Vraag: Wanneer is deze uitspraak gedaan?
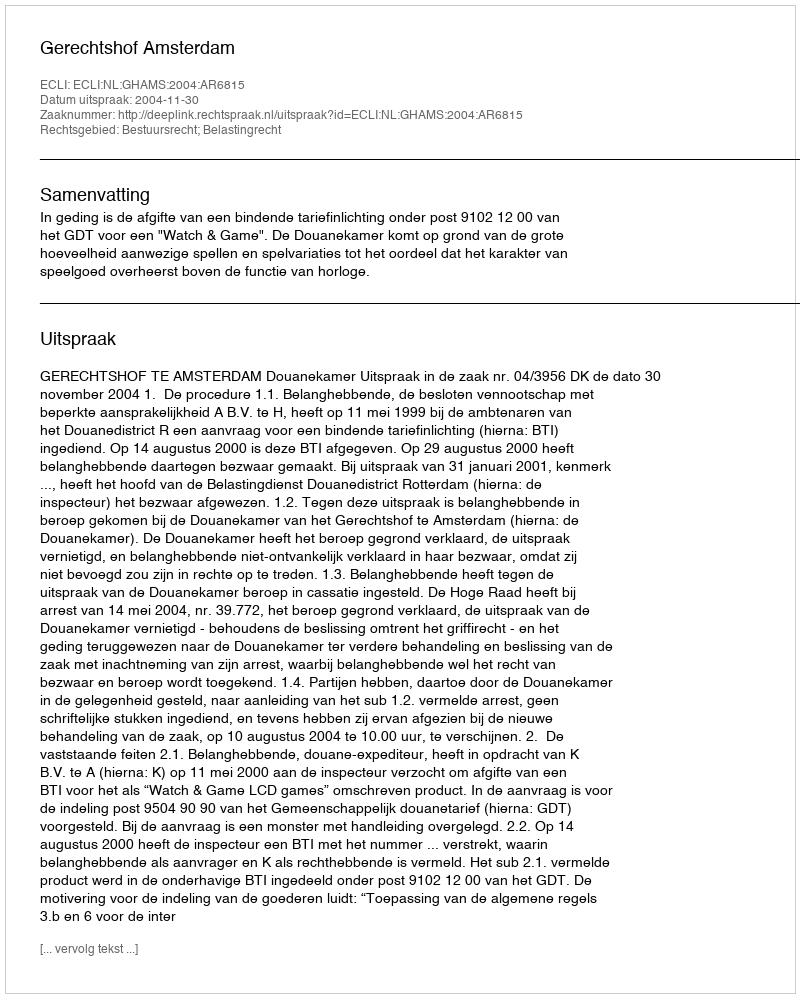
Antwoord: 2004-11-30